Indian journal of veterinary science and animal husbandry - Volume 8,
Year: 1938
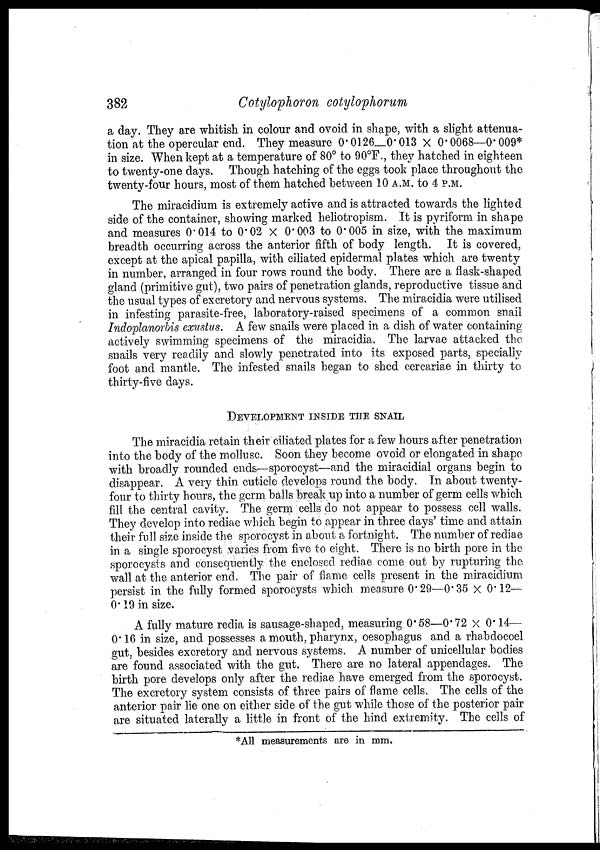
382
Cotylophoron cotylophorum
a day. They are whitish in colour and ovoid in shape, with a slight attenua-
tion at the opercular end. They measure 0.0126—0.013 × 0. 0068—0.009*
in size. When kept at a temperature of 80° to 90°F., they hatched in eighteen
to twenty-one days. Though hatching of the eggs took place throughout the
twenty-four hours, most of them hatched between 10 A.M. to 4 P.M.
The miracidium is extremely active and is attracted towards the lighted
side of the container, showing marked heliotropism. It is pyriform in shape
and measures 0.014 to 0.02×0.003 to 0.005 in size, with the maximum
breadth occurring across the anterior fifth of body length. It is covered,
except at the apical papilla, with ciliated epidermal plates which are twenty
in number, arranged in four rows round the body. There are a flask-shaped
gland (primitive gut), two pairs of penetration glands, reproductive tissue and
the usual types of excretory and nervous systems. The miracidia were utilised
in infesting parasite-free, laboratory-raised specimens of a common snail
Indoplanorbis exustus. A few snails were placed in a dish of water containing
actively swimming specimens of the miracidia. The larvae attacked the
snails very readily and slowly penetrated into its exposed parts, specially
foot and mantle. The infested snails began to shed cercariae in thirty to
thirty-five days.
DEVELOPMENT INSIDE THE SNAIL
The miracidia retain their ciliated plates for a few hours after penetration
into the body of the mollusc. Soon they become ovoid or elongated in shape
with broadly rounded ends—sporocyst—and the miracidial organs begin to
disappear. A very thin cuticle develops round the body. In about twenty-
four to thirty hours, the germ balls break up into a number of germ cells which
fill the central cavity. The germ cells do not appear to possess cell walls.
They develop into rediae which begin to appear in three days' time and attain
their full size inside the sporocyst in about a fortnight. The number of rediae
in a single sporocyst varies from five to eight. There is no birth pore in the
sporocysts and consequently the enclosed rediae come out by rupturing the
wall at the anterior end. The pair of flame cells present in the miracidium
persist in the fully formed sporocysts which measure 0.29—0.35 × 0.12—
0.19 in size.
A fully mature redia is sausage-shaped, measuring 0.58—0.72 × 0.14—
0.16 in size, and possesses a mouth, pharynx, oesophagus and a rhabdocoel
gut, besides excretory and nervous systems. A number of unicellular bodies
are found associated with the gut. There are no lateral appendages. The
birth pore develops only after the rediae have emerged from the sporocyst.
The excretory system consists of three pairs of flame cells. The cells of the
anterior pair lie one on either side of the gut while those of the posterior pair
are situated laterally a little in front of the hind extremity. The cells of
*All measurements are in mm.